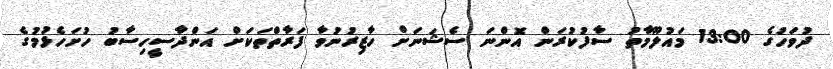
ދުވަހުގެ 13:00 މައުލޫމާތު ސާފުކުރަން އޮންނަ ސެޝަނަށް ހާޒިރުނުވާ ފަރާތްތަކަށް އަންދާސީހިސާބު ހުށަހެޅުމުގެ